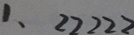
1 . 2 2 2 2 2